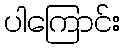
ပါကြောင်း